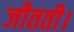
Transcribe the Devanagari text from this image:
जीतती।